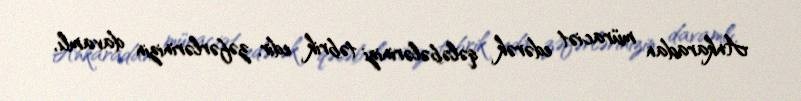
Ankaradan müraciət edərək qələbələrinizi təbrik edir, zəfərlərinizin davamlı,